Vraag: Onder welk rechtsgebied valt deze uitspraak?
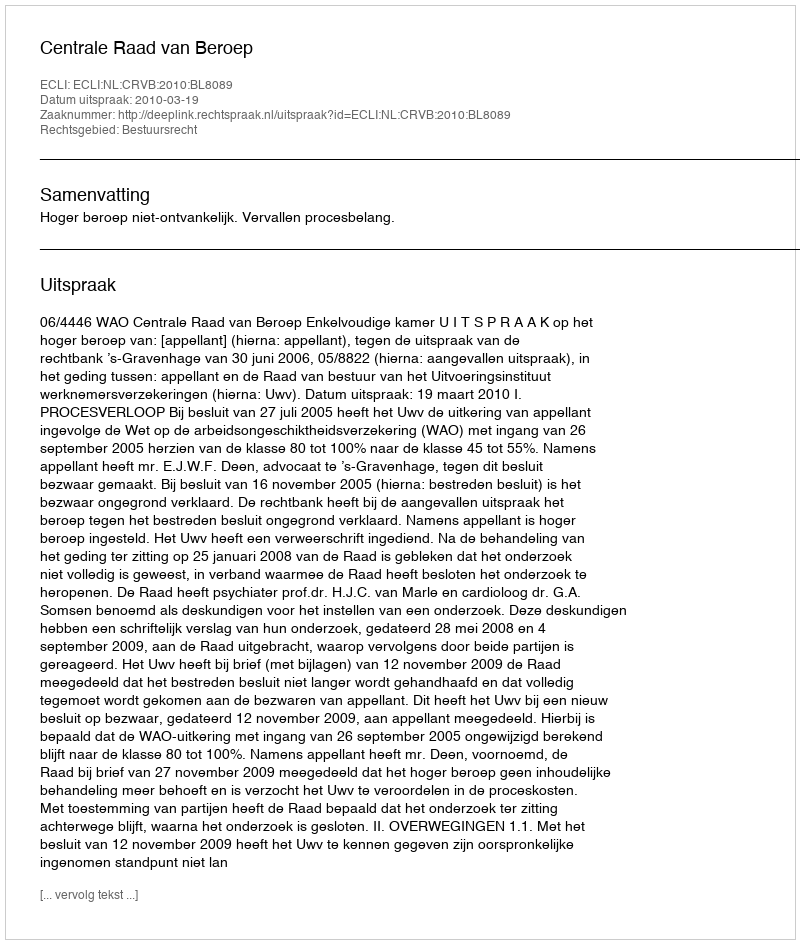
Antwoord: Bestuursrecht